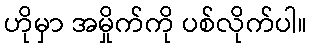
ဟိုမှာ အမှိုက်ကို ပစ်လိုက်ပါ။